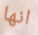
انها